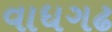
વાધગઢ